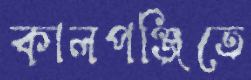
কালপঞ্জিতে